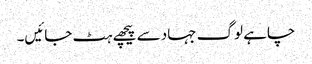
چاہے لوگ جہاد سے پیچھے ہٹ جائیں۔